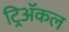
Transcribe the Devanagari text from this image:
ट्रिअॅकल